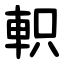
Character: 軹